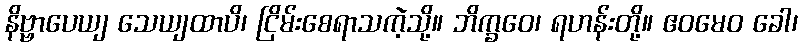
နိဗ္ဗာပေယျ သေယျထာပိ၊ ငြိမ်းစေရာသကဲ့သို့။ ဘိက္ခဝေ၊ ရဟန်းတို့။ ဧဝမေဝ ခေါ၊